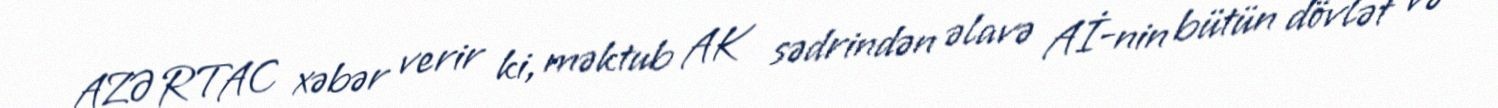
AZƏRTAC xəbər verir ki, məktub AK sədrindən əlavə Aİ-nin bütün dövlət və